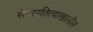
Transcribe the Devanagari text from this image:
सेनापतित्वाखालील